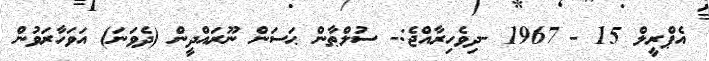
އެޕްރީލް 15 - 1967 -ދިވެހިރާއްޖެ:- ސުލްޠާން ޙަސަން ނޫރައްދީން (ދެވަނަ) އަވަހާރަވުން